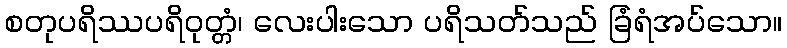
စတုပရိဿပရိဝုတ္တံ၊ လေးပါးသော ပရိသတ်သည် ခြံရံအပ်သော။